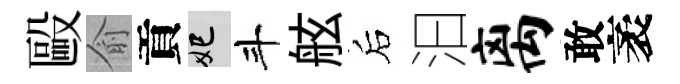
毆俞貢妃斗舷后汩离敢袤